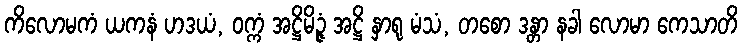
ကိလောမကံ ယကနံ ဟဒယံ, ဝက္ကံ အဋ္ဌိမိဉ္ဇံ အဋ္ဌိ နှာရု မံသံ, တစော ဒန္တာ နခါ လောမာ ကေသာတိ